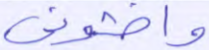
واخشوني